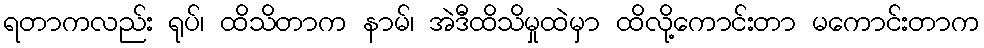
ရတာကလည်း ရုပ်၊ ထိသိတာက နာမ်၊ အဲဒီထိသိမှုထဲမှာ ထိလို့ကောင်းတာ မကောင်းတာက